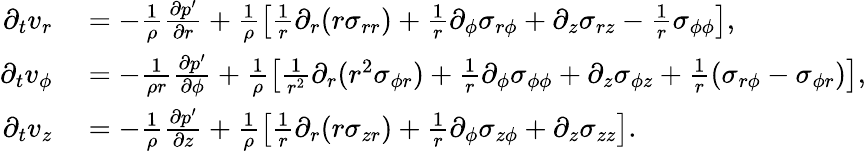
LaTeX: \begin{array}{rl}{\partial_{t}v_{r}}&{{}=-\frac{1}{\rho}\frac{\partial p^{\prime}}{\partial r}+\frac{1}{\rho}\left[\frac{1}{r}\partial_{r}(r\sigma_{rr})+\frac{1}{r}\partial_{\phi}\sigma_{r\phi}+\partial_{z}\sigma_{rz}-\frac{1}{r}\sigma_{\phi\phi}\right],}\\ {\partial_{t}v_{\phi}}&{{}=-\frac{1}{\rho r}\frac{\partial p^{\prime}}{\partial\phi}+\frac{1}{\rho}\left[\frac{1}{r^{2}}\partial_{r}(r^{2}\sigma_{\phi r})+\frac{1}{r}\partial_{\phi}\sigma_{\phi\phi}+\partial_{z}\sigma_{\phi z}+\frac{1}{r}(\sigma_{r\phi}-\sigma_{\phi r})\right],}\\ {\partial_{t}v_{z}}&{{}=-\frac{1}{\rho}\frac{\partial p^{\prime}}{\partial z}+\frac{1}{\rho}\left[\frac{1}{r}\partial_{r}(r\sigma_{zr})+\frac{1}{r}\partial_{\phi}\sigma_{z\phi}+\partial_{z}\sigma_{zz}\right].}\end{array}